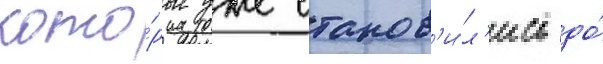
кото́рые уже станов'и́л'ись до́